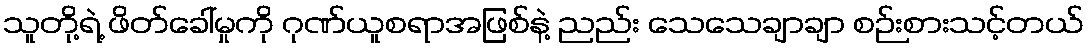
သူတို့ရဲ့ ဖိတ်ခေါ်မှုကို ဂုဏ်ယူစရာအဖြစ်နဲ့ ညည်း သေသေချာချာ စဉ်းစားသင့်တယ်